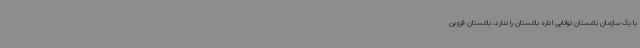
با یک سازمان باغستان توانایی اداره باغستان را ندارد، باغستان قزوین